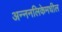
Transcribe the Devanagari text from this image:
अन्ननलिकेमधील